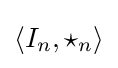
\langle I_{n},\star _{n}\rangle